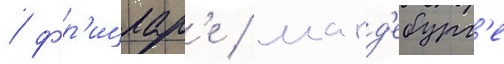
/ фр'ицлар'е / магд'ебург'е